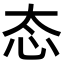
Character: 态